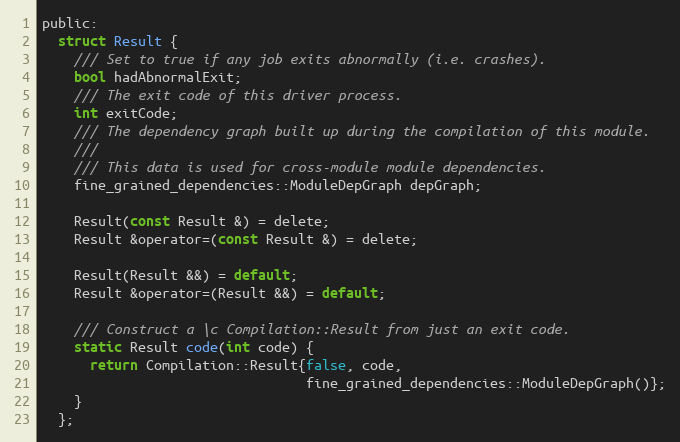
Language: C
public:
  struct Result {
    /// Set to true if any job exits abnormally (i.e. crashes).
    bool hadAbnormalExit;
    /// The exit code of this driver process.
    int exitCode;
    /// The dependency graph built up during the compilation of this module.
    ///
    /// This data is used for cross-module module dependencies.
    fine_grained_dependencies::ModuleDepGraph depGraph;

    Result(const Result &) = delete;
    Result &operator=(const Result &) = delete;

    Result(Result &&) = default;
    Result &operator=(Result &&) = default;

    /// Construct a \c Compilation::Result from just an exit code.
    static Result code(int code) {
      return Compilation::Result{false, code,
                                 fine_grained_dependencies::ModuleDepGraph()};
    }
  };